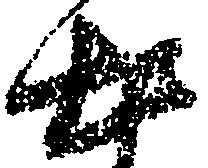
出